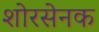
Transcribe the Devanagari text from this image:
शोरसेनक